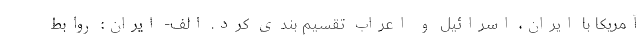
آمریکا با ایران، اسرائیل و اعراب تقسیم بندی کرد. الف- ایران: روابط